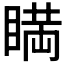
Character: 𥈞